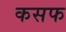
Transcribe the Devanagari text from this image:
कसफ